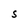
Character: S